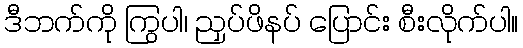
ဒီဘက်ကို ကြွပါ၊ ညှပ်ဖိနပ် ပြောင်း စီးလိုက်ပါ။